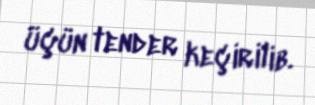
üçün tender keçirilib.